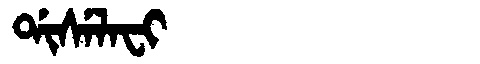
Manchu: ᡩᡳᠰᡝᠯᠠᠸᡳ
Romanization: DISELAFI